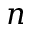
n